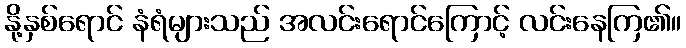
နို့နှစ်ရောင် နံရံများသည် အလင်းရောင်ကြောင့် လင်းနေကြ၏။